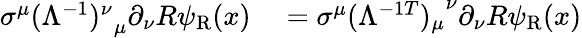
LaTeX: \begin{array}{rl}{\sigma^{\mu}{(\Lambda^{-1})^{\nu}}_{\mu}\partial_{\nu}R\psi_{\mathrm{{R}}}(x)}&{{}=\sigma^{\mu}{(\Lambda^{-1T})_{\mu}}^{\nu}\partial_{\nu}R\psi_{\mathrm{{R}}}(x)}\end{array}